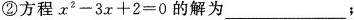
②方程$$x ^ { 2 } - 3 x + 2 = 0$$的解为___；